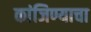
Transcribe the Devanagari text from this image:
कांजिण्याचा